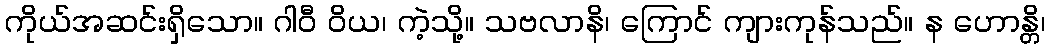
ကိုယ်အဆင်းရှိသော။ ဂါဝီ ဝိယ၊ ကဲ့သို့။ သဗလာနိ၊ ကြောင် ကျားကုန်သည်။ န ဟောန္တိ၊